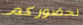
لحضوركم